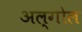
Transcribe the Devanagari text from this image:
अल्गोल